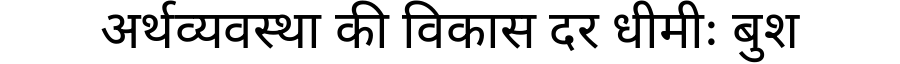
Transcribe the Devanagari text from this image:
अर्थव्यवस्था की विकास दर धीमीः बुश